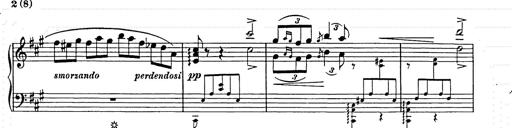
Title: Berceuse
Composer: Lucien Wurmser
Key: A major